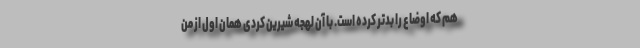
هم که اوضاع را بدتر کرده‌ است. با آن لهجه شیرین کردی همان اول از من